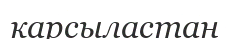
карсыластан